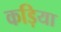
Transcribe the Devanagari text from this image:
कड़िया